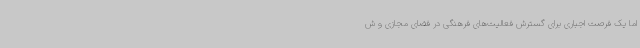
اما یک فرصت اجباری برای گسترش فعالیت‌های فرهنگی در فضای مجازی و ش